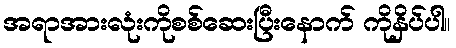
အရာအားလုံးကိုစစ်ဆေးပြီးနောက် ကိုနှိပ်ပါ။